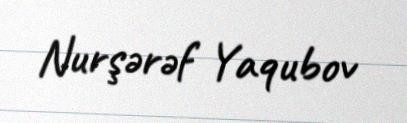
Nurşərəf Yaqubov